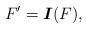
LaTeX: \begin{align*}F'=\mbox{\boldmath$I$}(F),\end{align*}